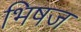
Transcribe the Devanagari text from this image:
भिषज